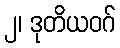
၂၊ ဒုတိယဝဂ်